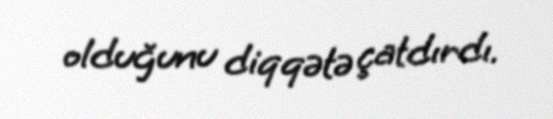
olduğunu diqqətə çatdırdı.